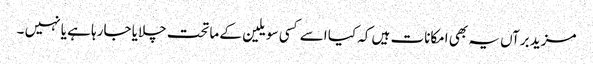
مزید برآں یہ بھی امکانات ہیں کہ کیا اسے کسی سویلین کے ماتحت چلایا جارہا ہے یا نہیں ۔